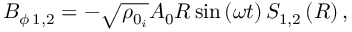
B _ { \phi \, 1 , 2 } = - \sqrt { \rho _ { 0 _ { i } } } A _ { 0 } R \sin \left( \omega t \right) S _ { 1 , 2 } \left( R \right) ,